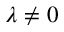
\lambda \neq 0